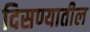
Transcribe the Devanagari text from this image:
दिसण्यातील